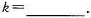
$$k=___$$.